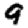
Digit: 9